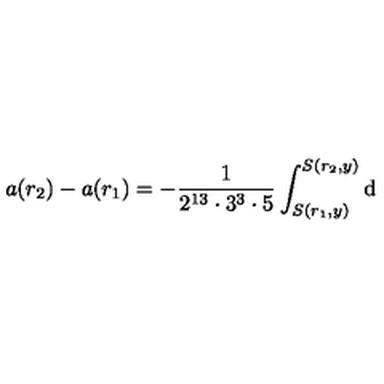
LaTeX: a ( r _ { 2 } ) - a ( r _ { 1 } ) = - \frac { 1 } { 2 ^ { 1 3 } \cdot 3 ^ { 3 } \cdot 5 } \int _ { S ( r _ { 1 } , y ) } ^ { S ( r _ { 2 } , y ) } \mathrm { d }